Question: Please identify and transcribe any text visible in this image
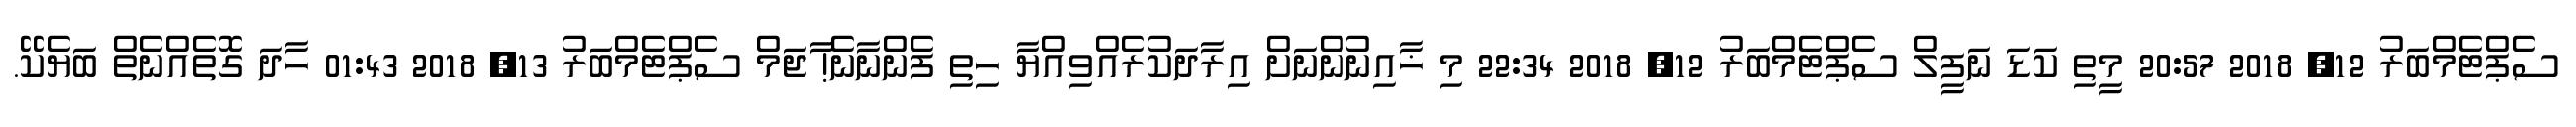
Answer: ސެޕްޓެމްބަރު 12, 2018 20:57 މީތި ކަޑަ ނަފީލް ސެޕްޓެމްބަރު 12, 2018 22:34 މި ޚާއިނުންނަށް އިރާދަކުރެއްވިއްޔާ ހިތި ފެންނާނެ! ާޖަމް ސެޕްޓެމްބަރު 13, 2018 01:43 ހާދަ ގޮތެއްނެތް ބަޔެކޭ.